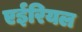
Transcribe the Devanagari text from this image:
एईरियल